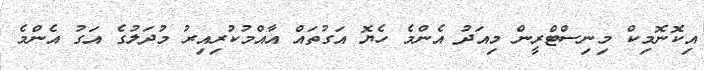
އިކޮނޮމިކް މިނިސްޓްރީން މިއަދު އެންމެ ހެޔޮ އަގުތައް އާއްމުކުރިއިރު މުދަލުގެ އަގު އެންމެ